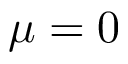
\mu = 0